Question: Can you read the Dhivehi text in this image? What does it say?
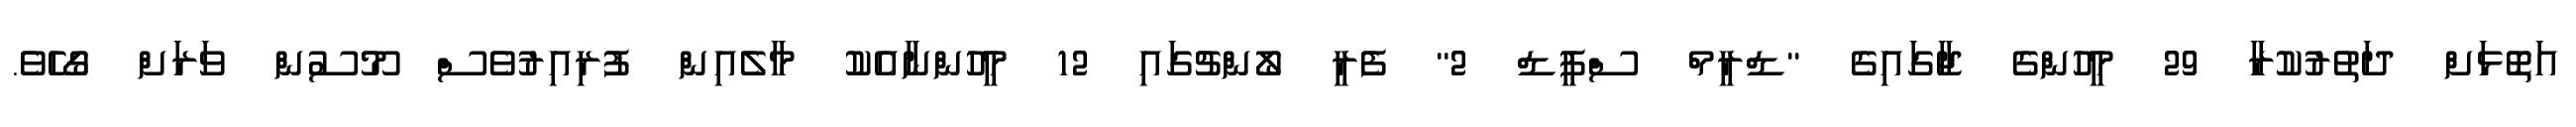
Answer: އަތޮޅަށް ދަތުރުކުރާ 29 މީހުންގެ ޖާގައިގެ "ޑްރީމް ސްޕީޑް 2" ފެރީ ލޯންޗުގައި 12 މީހުންނާއެކު މާލެއިން ފުރިއިރުވެސް މޫސުން ވަރަށް ގޯހެވެ.